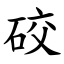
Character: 䂭